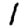
Digit: 1